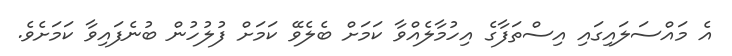
އެ މައްސަލައިގައި އިސްތަފާގެ އިހުމާލެއްވާ ކަމަށް ބެލެވޭ ކަމަށް ފުލުހުން ބުނެފައިވާ ކަމަށެވެ.